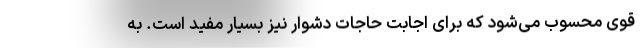
قوی محسوب می‌شود که برای اجابت حاجات دشوار نیز بسیار مفید است. به